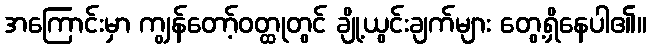
အကြောင်းမှာ ကျွန်တော့်ဝတ္ထုတွင် ချို့ယွင်းချက်များ တွေ့ရှိနေပါ၏။